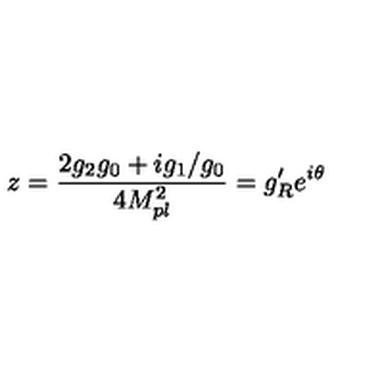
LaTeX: z = \frac { 2 g _ { 2 } g _ { 0 } + i g _ { 1 } / g _ { 0 } } { 4 M _ { p l } ^ { 2 } } = g _ { R } ^ { \prime } e ^ { i \theta }